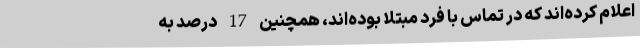
اعلام کرده‌اند که در تماس با فرد مبتلا بوده‌اند، همچنین 17 درصد به